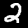
Label: 2